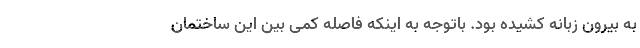
به بیرون زبانه کشیده بود. باتوجه به اینکه فاصله کمی بین این ساختمان